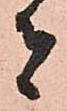
者